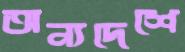
অন্যদেশে